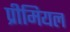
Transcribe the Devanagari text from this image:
प्रीमियल